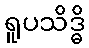
ရူပသိဒ္ဓိ